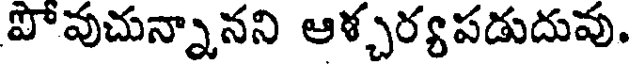
పోవుచున్నానని ఆళ్చర్యపడుదువు.